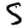
Digit: 5